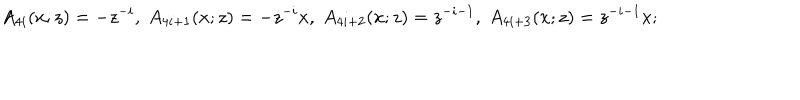
LaTeX: A _ { 4 i } ( x ; z ) = - z ^ { - i } , \; A _ { 4 i + 1 } ( x ; z ) = - z ^ { - i } x , \; A _ { 4 i + 2 } ( x ; z ) = z ^ { - i - 1 } , \; A _ { 4 i + 3 } ( x ; z ) = z ^ { - i - 1 } x ;